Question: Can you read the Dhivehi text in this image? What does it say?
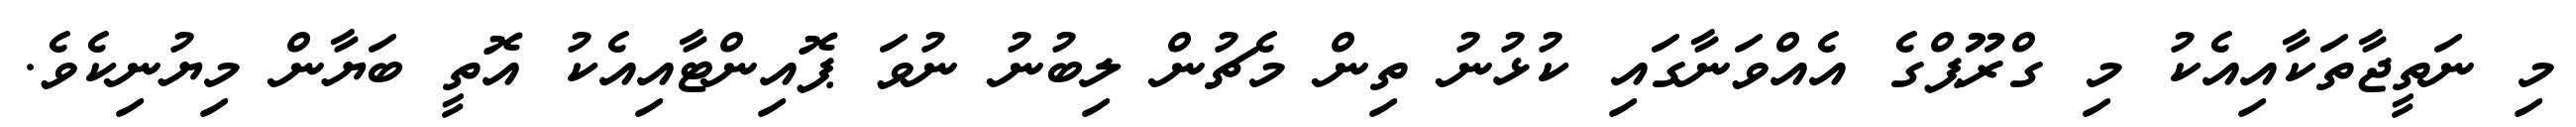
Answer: މި ނަތީޖާތަކާއިއެކު މި ގްރޫޕްގެ އެއްވަނާގައި ކުޅުނު ތިން މެޗުން ލިބުނު ނުވަ ޕޮއިންޓާއިއެކު އޮތީ ބަޔާން މިޔުނިކެވެ.